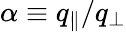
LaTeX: \alpha\equiv q_{\parallel}/q_{\perp}